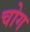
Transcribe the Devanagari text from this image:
चोग